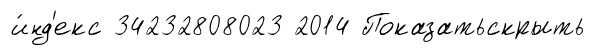
и́нд'екс 34232808023 2014 Показатьскрыть